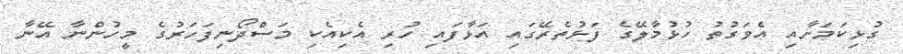
ގުޅިކަމަށާއި އެވަގުތު ހުޅުމާލޭގެ ފަޅުތެރޭގައި އަޅާފައި ހުރި އެކިއެކި މަސްދޯނިފަހަރުގެ މީހުންނާ އޭނާ